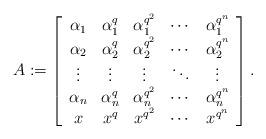
\begin{align*}A:= \left[ \begin{array}{ccccc} \alpha_1&\alpha_1^q&\alpha_1^{q^2}&\cdots&\alpha_1^{q^{n}}\\ \alpha_2&\alpha_2^q&\alpha_2^{q^2}&\cdots&\alpha_2^{q^{n}}\\ \vdots&\vdots&\vdots&\ddots&\vdots\\ \alpha_n&\alpha_n^q&\alpha_n^{q^2}&\cdots&\alpha_n^{q^{n}}\\ x&x^q&x^{q^2}&\cdots&x^{q^{n}}\\ \end{array} \right].\end{align*}